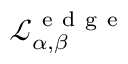
\mathcal { L } _ { \alpha , \beta } ^ { \mathrm { ~ e ~ d ~ g ~ e ~ } }